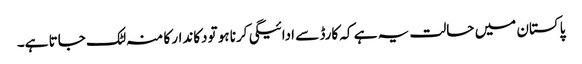
پاکستان میں حالت یہ ہے کہ کارڈ سے ادائیگی کرنا ہو تودکاندار کا منہ لٹک جاتا ہے۔